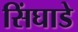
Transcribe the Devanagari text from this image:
सिंघाडे